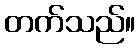
တက်သည်။